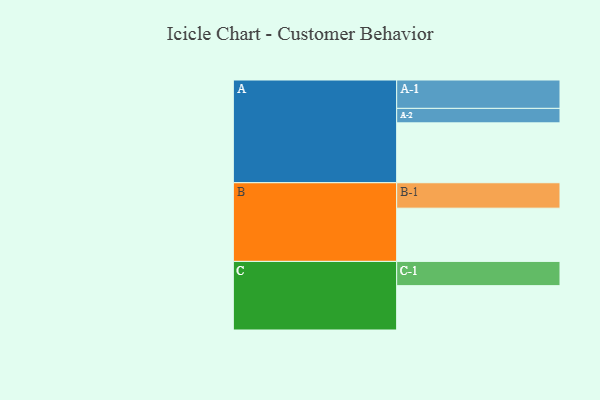
{"axis": {"x": "Segment", "y": "Value"}, "legend": ["", "A", "B", "C"], "data": [{"x": "A", "y": 405, "type": ""}, {"x": "B", "y": 360, "type": ""}, {"x": "C", "y": 300, "type": ""}, {"x": "A-1", "y": 192, "type": "A"}, {"x": "A-2", "y": 98, "type": "A"}, {"x": "B-1", "y": 172, "type": "B"}, {"x": "C-1", "y": 164, "type": "C"}]}